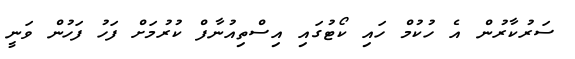
ސަރުކާރުން އެ ހުކުމް ހައި ކޯޓުގައި އިސްތިއުނާފް ކުރުމަށް ފަހު ފަހުން ވަނީ